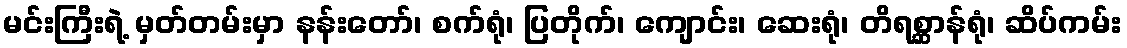
မင်းကြီးရဲ့ မှတ်တမ်းမှာ နန်းတော်၊ စက်ရုံ၊ ပြတိုက်၊ ကျောင်း၊ ဆေးရုံ၊ တိရစ္ဆာန်ရုံ၊ ဆိပ်ကမ်း